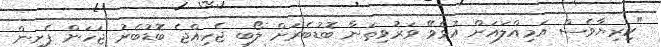
"ކިިރިޔާވެސް އަމިއްލައަށް އުޅެވޭ ވަރުވިތަނާ ބޮޑުބެރަށް ލޯބި ޖެހިއްޖެ ބޮޑުބެރު ޖަހަން ފެށިން